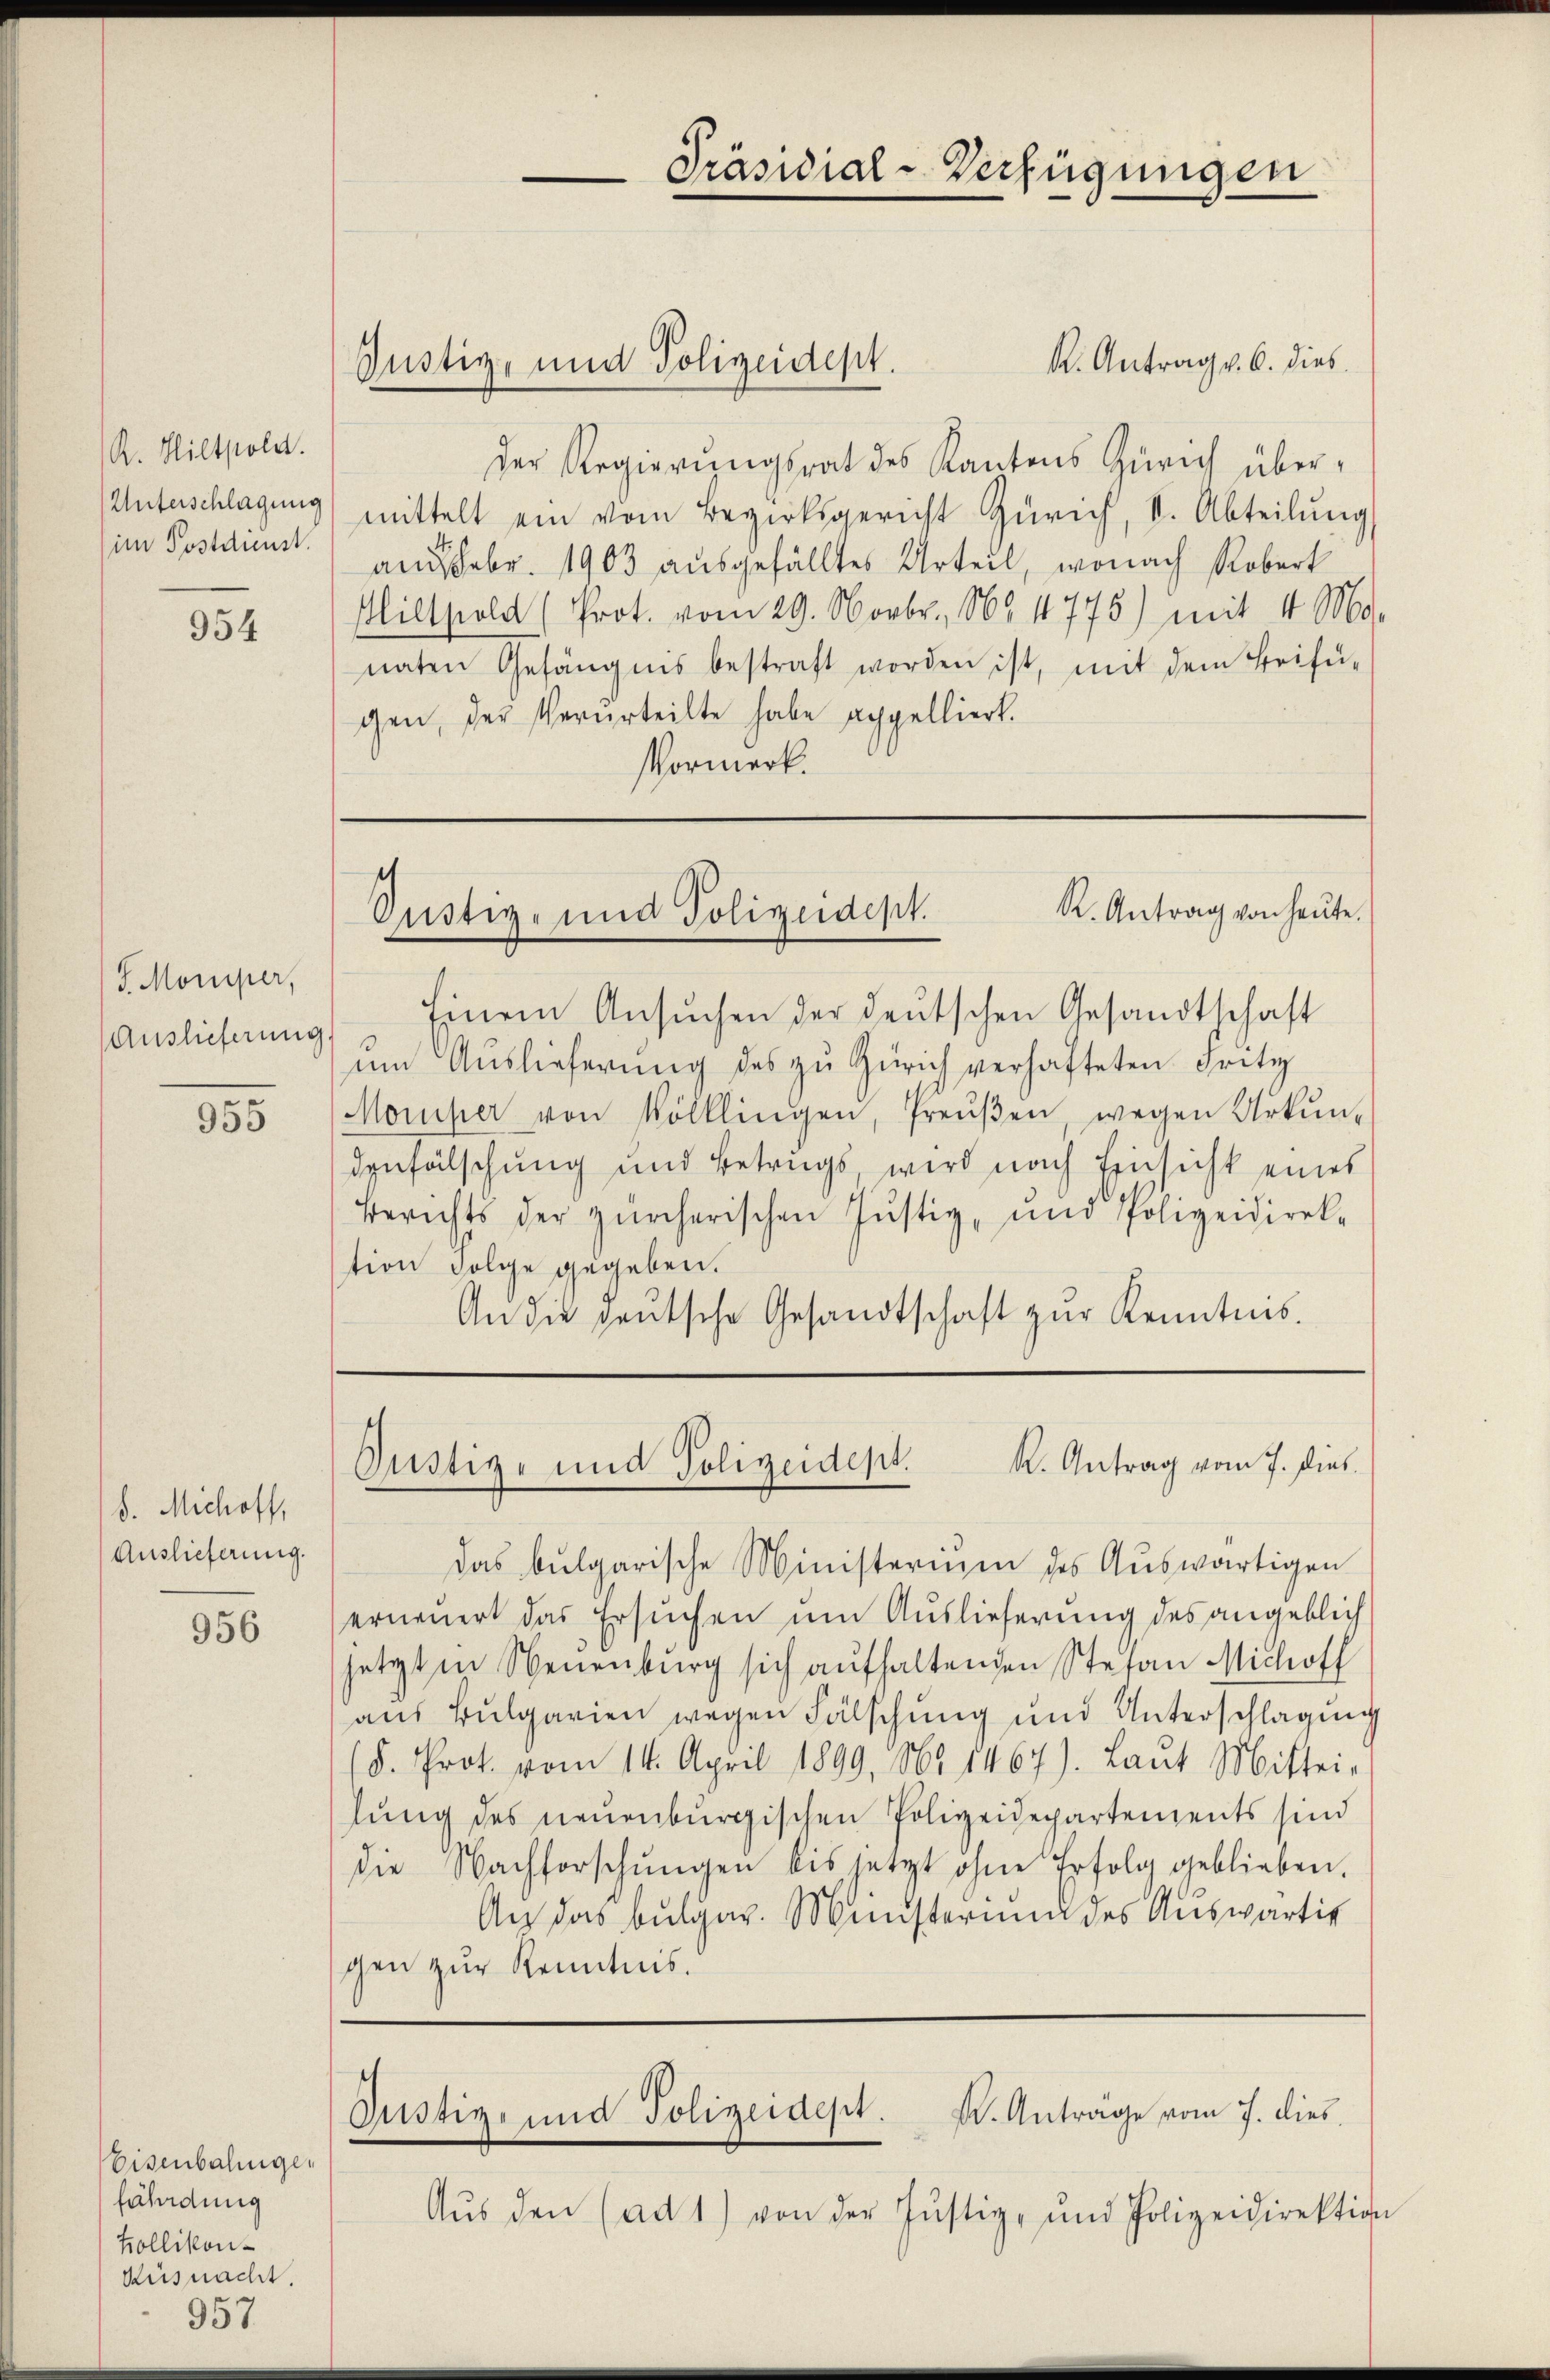
R. Hiltpold.
Unterschlagung
im Postdienst.

954

J. Moniper,
Auslieferung

955

b. Michoff,
Auslieferung.

956

Eisenbahngefährdung
Kollikon-
Küsnacht.

957

K. Antrag v. 6. dies
Justiz- und Polizeidept.
der Regierungsrat des Kantons Zürich übermittelt ein vom Bezirksgericht Zürich, II. Abteilŭng
andfebr. 1903 ausgefälltes Urteil, wonach Robert
iltpold (Prot. vom 29. Novbr. 1868 4775) mit 4 Mo-
naten Gefängnis bestraft worden ist, mit dem Beifü-
gen, der Verurteilte habe appelliert.
Vormerk.

Präsidial-Verfügungen

R. Antrag von heute.
Oustiz- und Polizeidept.

Einem Ansŭchen der deutschen Gesandtschaft
um Auslieferung des zu Zürich verhafteten Fritz
Moruper von Kölllingen, Preŭβen wegen Urkun-
denfälschung und Betrags wird nach Einsicht eines
Berichts der zürcherischen Justiz- und Polizeidirek-
tion Folge gegeben.
An die deutsche Gesandtschaft zŭr Kenntnis.

K. Antrag vom 7. dies.
Gustiz- und Polizeidept.

Das bulgarische Ministerium des Auswärtigen
erneuert das Ersuchen um Auslieferung des angeblich
jetzt in Neuenburg sich aufhaltenden Stefan Michoff
aus Bulgarien wegen Fälschung und Unterschlagung
(d. Prot. vom 14. April 1899, Nr. 1467). Laŭt Mittei-
lung des neuenburgischen Polizeidepartements sind
die Nachforschŭngen bis jetzt ohne Erfolg geblieben.
An das bulgar. Ministerung des Auswärtig
gen zur Kenntnis.

¬
K. Antrage vom 7. dies
Gustiz- und Polizeidept.

Aŭs den (ad 1) von der Justiz- und Polizeidirektion